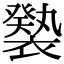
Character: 𧝚